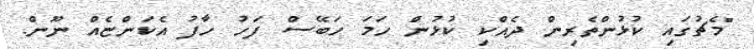
"މެޗުގައި ކުޅުންތެރިން ދެއްކި ކުޅުން ހަމަ ހަބޭސް ފަހު ހާފު އެކަންޏެއް ނޫން.